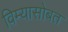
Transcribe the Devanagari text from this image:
विम्यासोबत